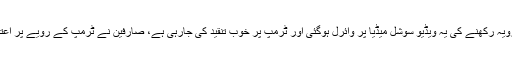
امریکی صدر ڈونلڈ ٹرمپ کے خاتون صحافی کے ساتھ طنزیہ اور غیرسنجیدہ رویہ رکھنے کی یہ ویڈیو سوشل میڈیا پر وائرل ہوگئی اور ٹرمپ پر خوب تنقید کی جارہی ہے، صارفین نے ٹرمپ کے رویے پر اعتراض کرتے ہوئے کہا ہے کہ امریکی صدر خواتین کی عزت کرنا نہیں جانتے۔